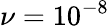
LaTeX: \nu=10^{-8}